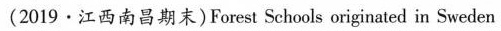
(2019·江西南昌期末)Forest Schools originated in Sweden